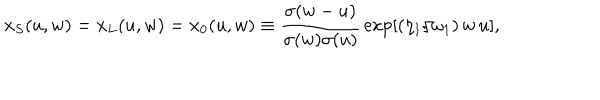
x _ { S } ( u , w ) = x _ { L } ( u , w ) = x _ { 0 } ( u , w ) \equiv { \frac { \sigma ( w - u ) } { \sigma ( w ) \sigma ( u ) } } \exp [ ( \eta _ { 1 } / \omega _ { 1 } ) \, w \, u ] ,